Civil Veterinary Department Bengal reports 1923-33 - 1923-1933
Year: 1923
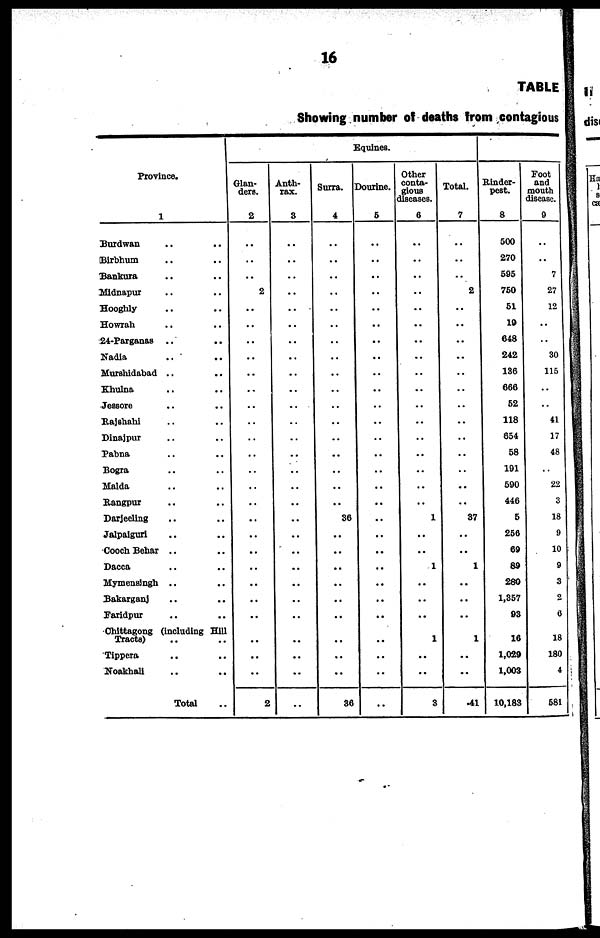
16
TABLE
Showing number off deaths from contagious
Province.
1
Burdwan .. ..
Birbhum .. ..
Bankura .. ..
Midnapur .. ..
Hooghly .. ..
Howrah .. ..
24-Parganas .. ..
Nadia .. ..
Murshidabad .. ..
Khulna .. ..
Jessore .. ..
Rajshahl .. ..
Dinajpur .. ..
Pabna .. ..
Bogra .. ..
Malda .. ..
Rangpur .. ..
Darjeeling .. ..
Jalpaiguri .. ..
Cooch Behar .. ..
Dacca .. ..
Mymensingh .. ..
Bakarganj .. ..
Faridpur .. ..
Chittagong (Including Hill
Tracts) .. ..
Tippera .. ..
Noakhall .. ..
Total ..
Equines.
Glan-
ders.
2
..
..
..
2
..
..
..
..
..
..
..
..
..
..
..
..
..
..
..
..
..
..
..
..
..
..
..
..
2
Anth-
rax.
3
..
..
..
..
..
..
..
..
..
..
..
..
..
..
..
..
..
..
..
..
..
..
..
..
..
..
..
..
..
Surra.
4
..
..
..
..
..
..
..
..
..
..
..
..
..
..
..
..
..
36
..
..
..
..
..
..
..
..
..
..
86
Dourine.
5
..
..
..
..
..
..
..
..
..
..
..
..
..
..
..
..
..
..
..
..
..
..
..
..
..
..
..
..
..
Other
conta-
gious
diseases.
6
..
..
..
..
..
..
..
..
..
..
..
..
..
..
..
..
..
1
..
..
1
..
..
..
..
1
..
..
8
Total.
7
..
..
..
2
..
..
..
..
..
..
..
..
..
..
..
..
..
87
..
..
1
..
..
..
..
1
..
..
41
Rinder-
pest.
8
600
270
595
760
61
10
648
242
186
666
62
118
654
68
101
600
446
6
266
60
89
280
1,857
93
16
1,029
1,008
10,188
Foot
and
mouth
disease.
9
..
..
7
27
12
..
..
30
115
..
..
41
17
48
..
22
3
18
9
10
9
3
2
6
..
18
180
4
581